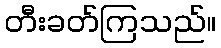
တီးခတ်ကြသည်။